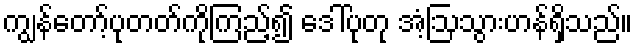
ကျွန်တော့်ပုတတ်ကိုကြည့်၍ ဒေါ်ပုတု အံ့ဩသွားဟန်ရှိသည်။